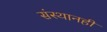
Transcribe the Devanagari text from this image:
संस्थानही